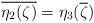
\begin{align*}\overline{\eta_{2}(\zeta)}={\eta_{3}(\overline{\zeta})}\end{align*}